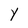
Character: Y